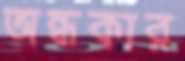
অন্ধকার